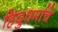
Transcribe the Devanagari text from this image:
हिंदुधर्माचे